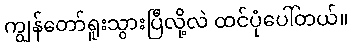
ကျွန်တော်ရူးသွားပြီလို့လဲ ထင်ပုံပေါ်တယ်။